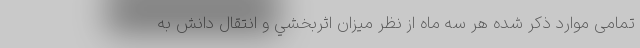
تمامی موارد ذکر شده هر سه ماه از نظر میزان اثربخشي و انتقال دانش به